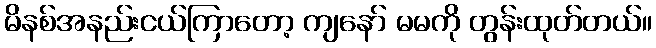
မိနစ်အနည်းငယ်ကြာတော့ ကျနော် မမကို တွန်းထုတ်တယ်။